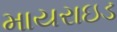
માયરાઇડ